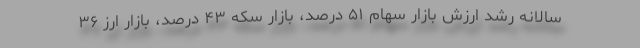
سالانه رشد ارزش بازار سهام ۵۱ درصد، بازار سکه ۴۳ درصد، بازار ارز ۳۶